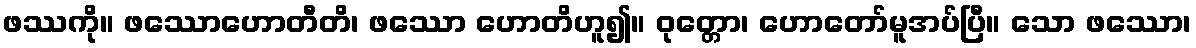
ဖဿကို။ ဖဿောဟောတီတိ၊ ဖဿော ဟောတိဟူ၍။ ဝုတ္တော၊ ဟောတော်မူအပ်ပြီ။ သော ဖဿော၊